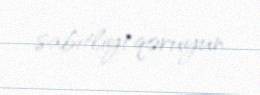
sabitliyi qoruyun.